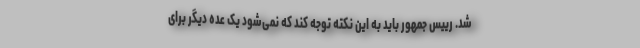
شد. رییس جمهور باید به این نکته توجه کند که نمی‌شود یک عده دیگر برای